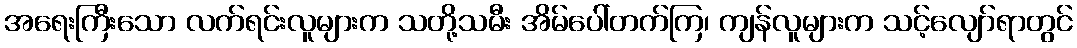
အရေးကြီးသော လက်ရင်းလူများက သတို့သမီး အိမ်ပေါ်တက်ကြ၊ ကျန်လူများက သင့်လျော်ရာတွင်